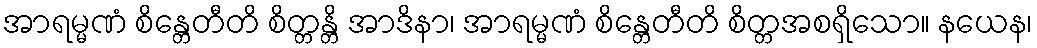
အာရမ္မဏံ စိန္တေတီတိ စိတ္တန္တိ အာဒိနာ၊ အာရမ္မဏံ စိန္တေတီတိ စိတ္တအစရှိသော။ နယေန၊